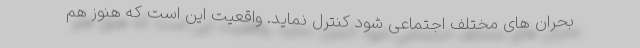
بحران های مختلف اجتماعی شود کنترل نماید. واقعیت این است که هنوز هم